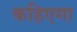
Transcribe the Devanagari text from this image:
कहिएगा